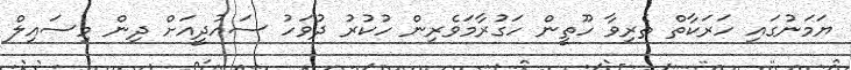
ޔަމަނުގައި ހަރަކާތް ތެރިވާ ހޫތީން ހަގުރާމަވެރިން ހުކުރު ދުވަހު ސައުދީއަށް ދިން މިސައިލް